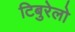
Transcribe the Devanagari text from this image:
टिबुरेलो